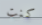
كنت